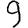
Digit: 9